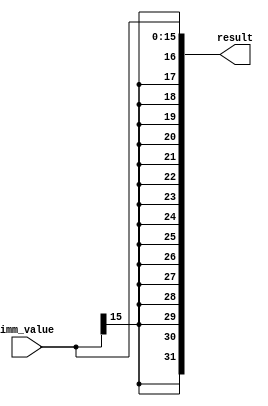
module sign_extend(imm_value, result);
input [15:0] imm_value;
output [31:0] result;

assign result = {{16{imm_value[15]}},imm_value};
endmodule